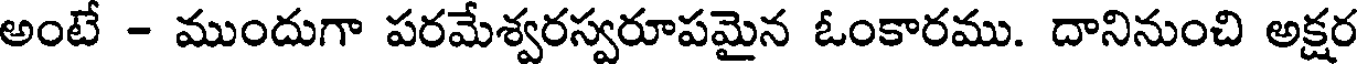
అంటే - ముందుగా పరమేశ్వరస్వరూపమైన ఓంకారము. దానినుంచి అక్షర